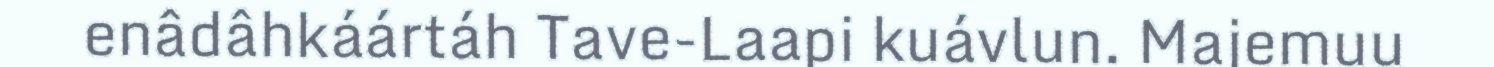
enâdâhkáártáh Tave-Laapi kuávlun. Majemuu